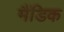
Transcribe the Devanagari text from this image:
मैंडिक